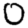
Digit: 0